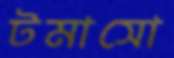
টমাসো